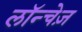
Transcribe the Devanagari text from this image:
लॉन्चेज़